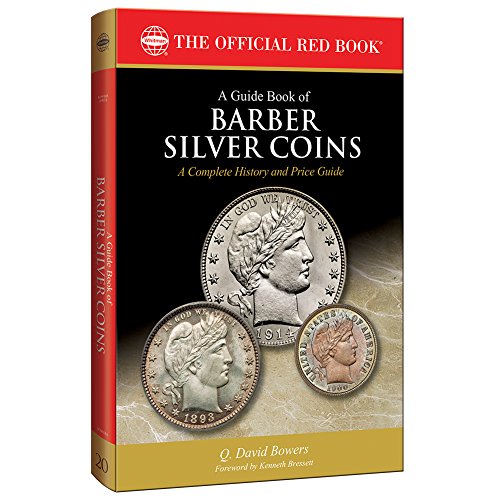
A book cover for A Guide Book of Barber Silver Coins, 1st Edition (Offical Red Book); Q. David Bowers; Crafts, Hobbies & Home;